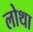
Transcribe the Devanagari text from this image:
लोथा